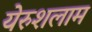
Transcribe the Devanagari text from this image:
येरुशलाम